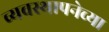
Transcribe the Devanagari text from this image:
व्यवस्थापनेच्या